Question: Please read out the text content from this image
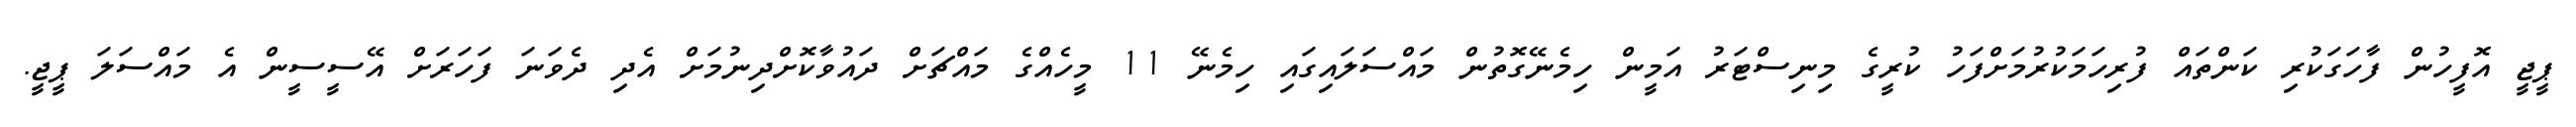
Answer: ޕީޖީ އޮފީހުން ފާހަގަކުރި ކަންތައް ފުރިހަމަކުރުމަށްފަހު ކުރީގެ މިނިސްޓަރު އަމީން ހިމެނޭގޮތުން މައްސަލައިގައި ހިމެނޭ 11 މީހެއްގެ މައްޗަށް ދައުވާކޮށްދިނުމަށް އެދި ދެވަނަ ފަހަރަށް އޭސީސީން އެ މައްސަލަ ޕީޖީ.